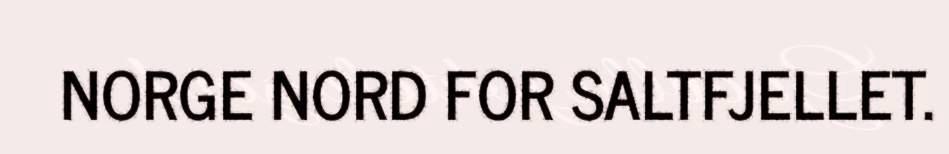
NORGE NORD FOR SALTFJELLET.